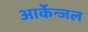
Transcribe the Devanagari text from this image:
आर्केन्जल